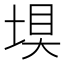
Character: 𮰤